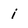
Character: i